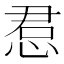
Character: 𫺔